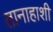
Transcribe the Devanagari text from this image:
तानाहाशी